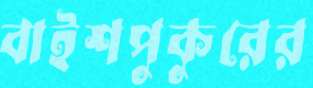
বাইশপুকুরের